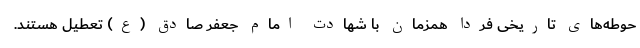
حوطه‌های تاریخی فردا همزمان با شهادت امام جعفر صادق (ع) تعطیل هستند.